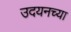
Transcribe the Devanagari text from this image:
उदयनच्या